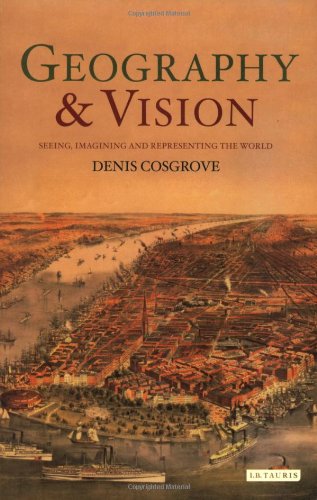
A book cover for Geography and Vision: Seeing, Imagining and Representing the World (International Library of Human Geography); Denis Cosgrove; Science & Math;